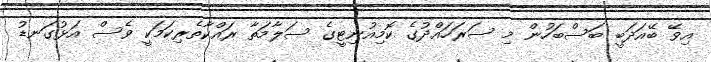
އިވޭ ބޭއަދަބީ ބަސްބަހުން މި ސަރަހައްދުގެ ކޮމިއުނިޓީގެ ސަލާމަތާ ރައްކާތެރިކަމަކީ ވެސް އަޅުގަނޑު